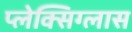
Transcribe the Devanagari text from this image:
प्लेक्सिग्लास